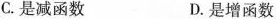
C.是减函数 D.是增函数